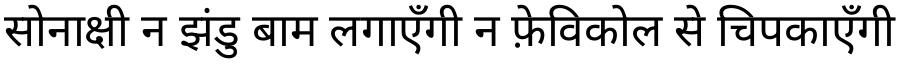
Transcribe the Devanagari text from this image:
सोनाक्षी न झंडु बाम लगाएँगी न फ़ेविकोल से चिपकाएँगी